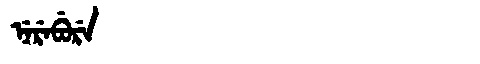
Manchu: ᠨᡝᡵᡝᠪᡠᡵᡝ
Romanization: NEREBURE